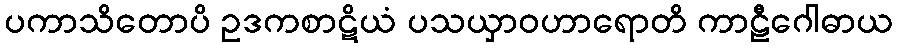
ပကာသိတောပိ ဥဒကစာဋိယံ ပသယှာဝဟာရောတိ ကာဠီဂေါဓာယ